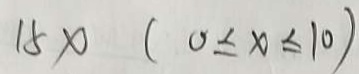
1 5 x ( 0 \leq x \leq 1 0 )